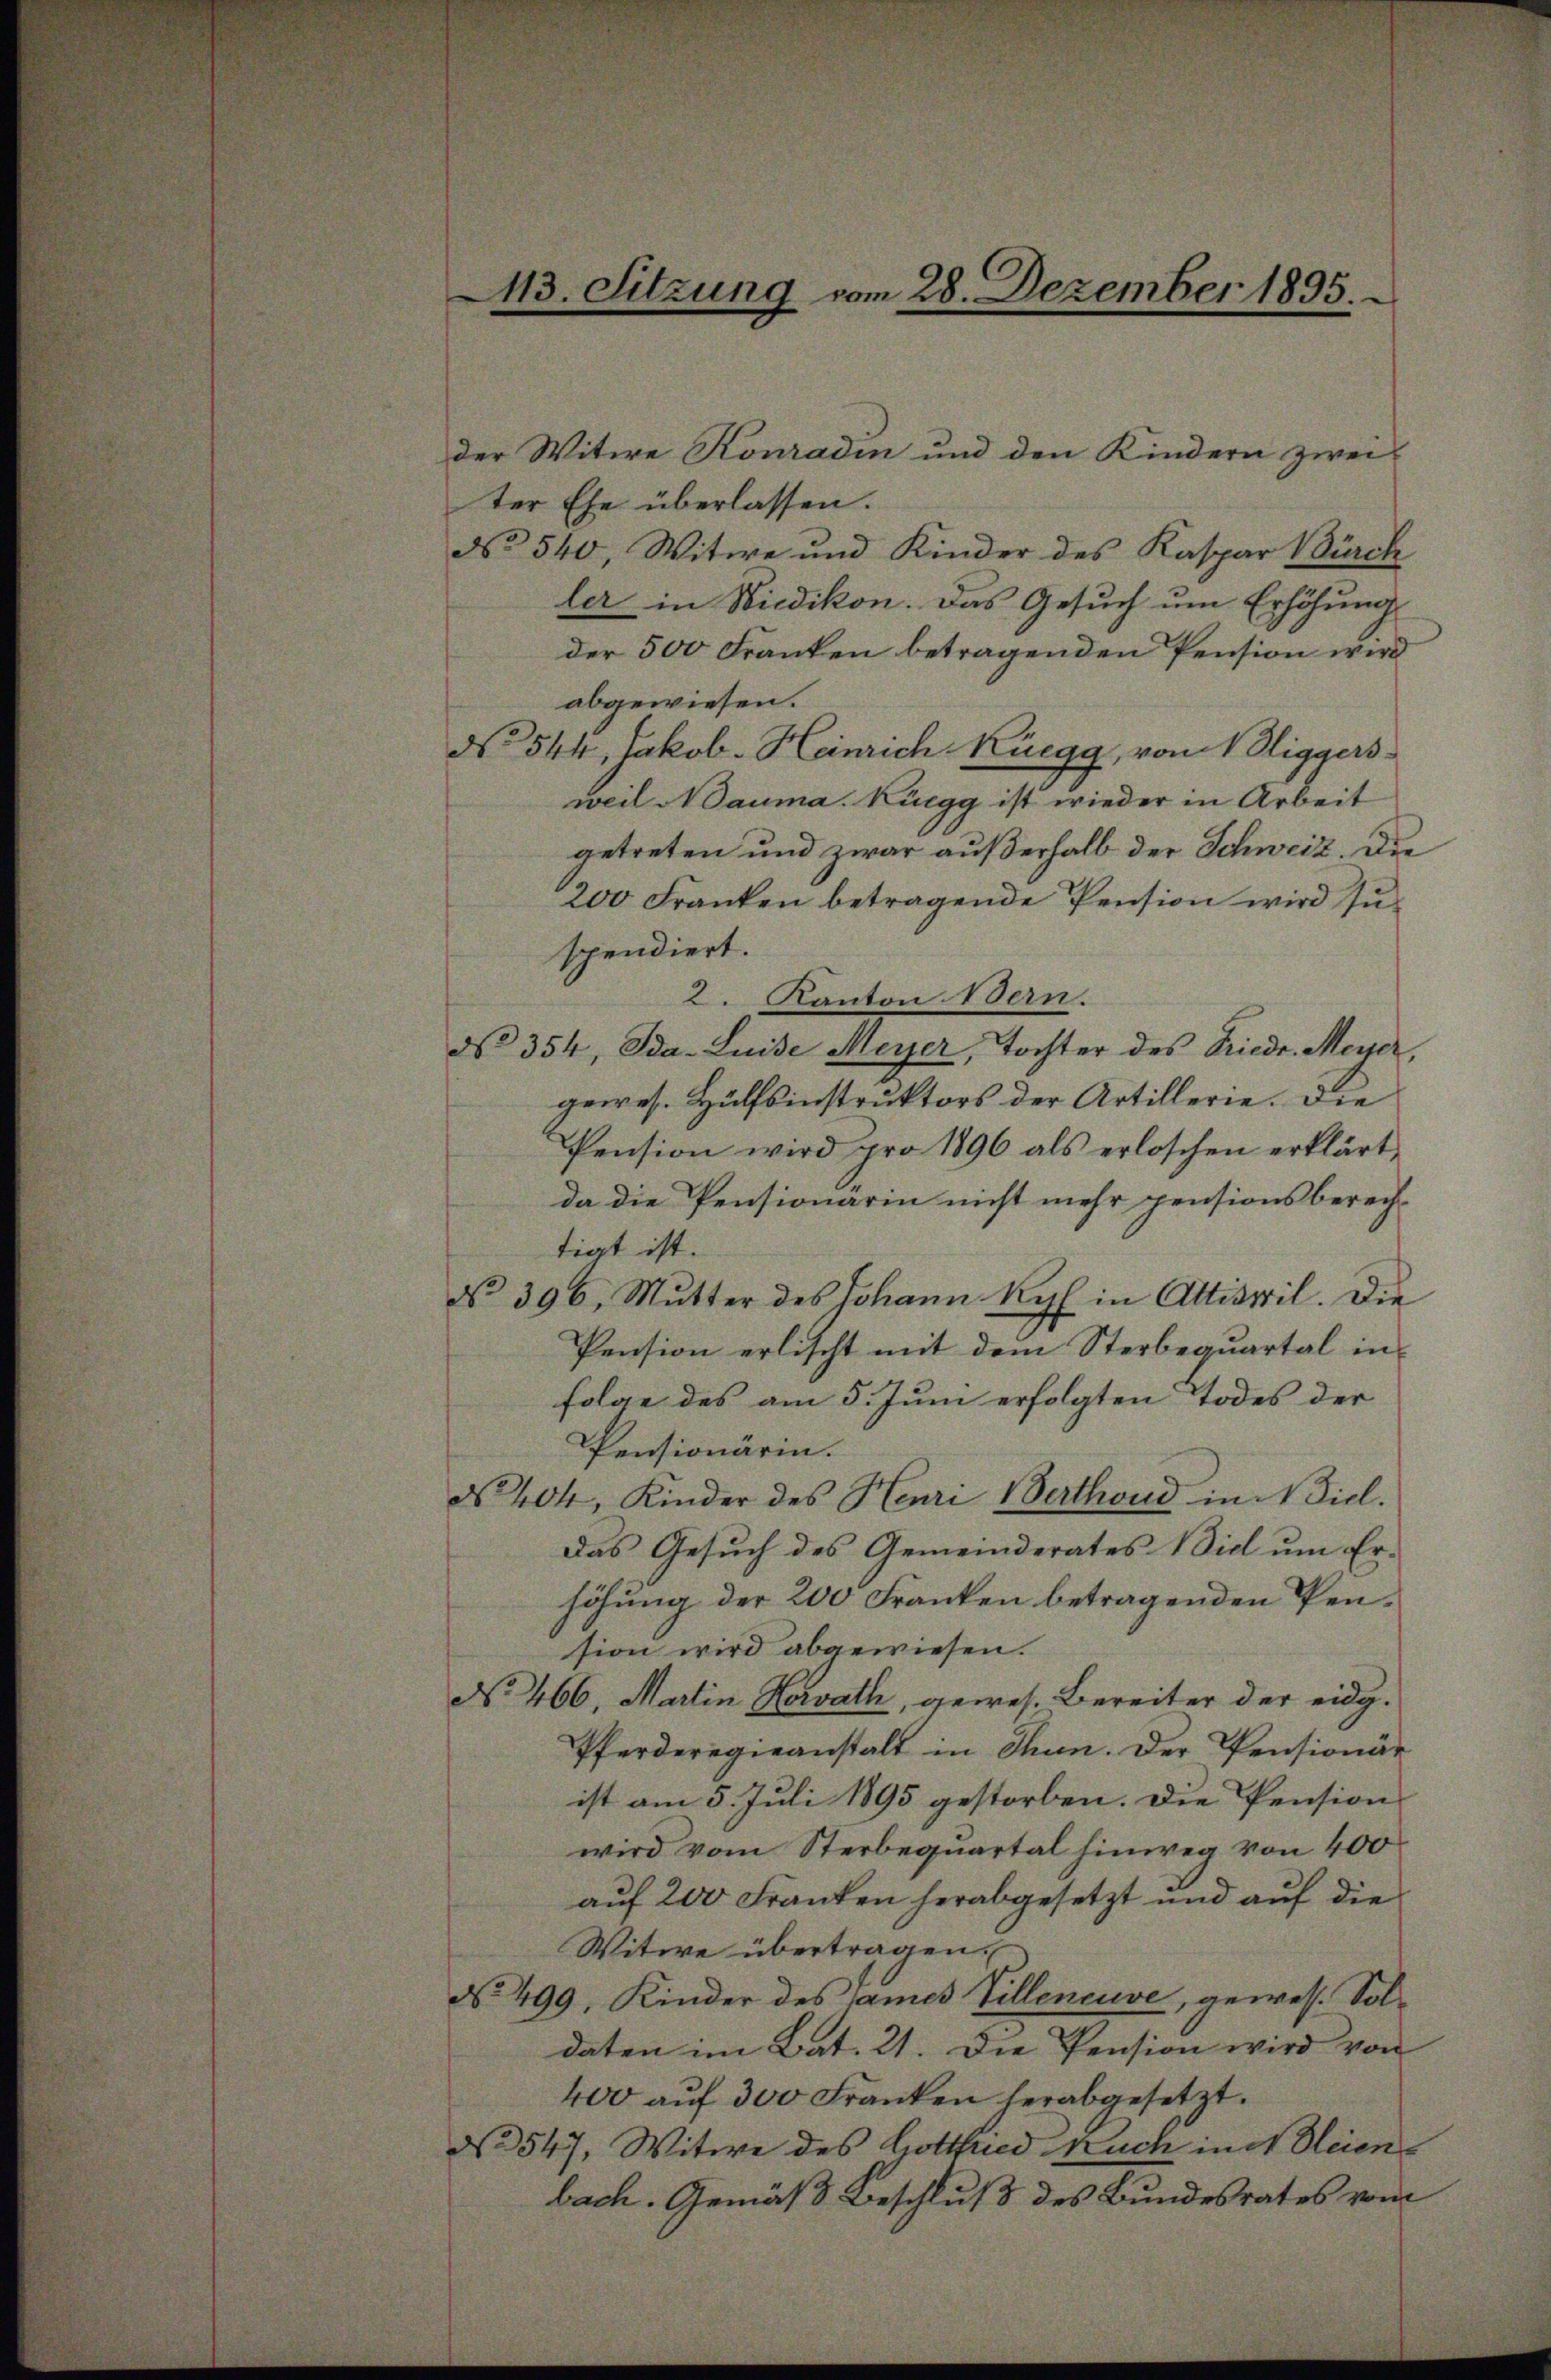
413. Sitzung vom 28. Dezember 1895.

der Witwe Konradin und den Kindern zwei
ter Ehe überlassen.
No 540, Witwe und Kinder des Kaspar Bürch
ler in Wiedikon. Das Gesuch um Erhöhung
der 500 Franken betragenden Pension wird
abgewiesen.
d 544, Jakob. Heinrich Rüegg, vom 1. Diggers
weil Adauma. Rüegg ist wieder in Arbeit
getreten und zwar außerhalb der Schweiz. Die
200 Franken betragende Pension wird zŭ-
spendiert.
2. Kanton Bern.
d 354, Ida Luise Meyer, Tochter des Friedr. Meiser,
gewes. Hülfsinstruktors der Artillerie. Die
Pension wird pro 1896 als erloschen erklärt,
da die Pensionarin nicht mehr pensionsberech-
tigt ist.
No 396, Mutter des Johann Ryf in Attiswil. Die
Pension erlischt mit dem Sterbequartal in
folge des am 5. Juni erfolgten Todes der
Pensionärin.
No. 404, Kinder des Henri Werthoud in Fiel.
Das Gesuch des Gemeinderates Biel um Erhöhung der 200 Franken betragenden Pension wird abgewiesen.
No. 466. Martin Horath, gewes. Bereiter der eidg.
Pferderegieanstalt in Thun. Der Pensionär
ist am 5. Juli 1895 gestorben. Die Pension
wird vom Sterbequartal hinweg von 400
auf 200 Franken herabgesetzt und auf die
Witwe übertragen.
No. 499, Kinder des James Villeneuve, gewes. Soldaten im Bat. 21. Die Pension wird von
400 aŭf 300 Franken herabgesetzt.
No 547, Witwe des Gottfried kuen in d Oleien
bach. Gemäß Beschluß des Bundesrates vom